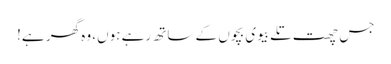
جس چھت تلے بیوی بچوں کے ساتھ رہے ہوں، وہ گھر ہے!